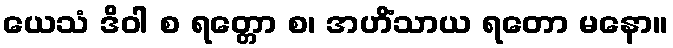
ယေသံ ဒိဝါ စ ရတ္တော စ၊ အဟိံသာယ ရတော မနော။